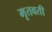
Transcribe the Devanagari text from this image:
मृतवती